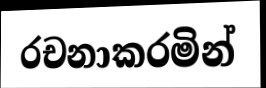
රචනාකරමින්